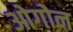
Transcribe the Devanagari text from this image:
ओगोन